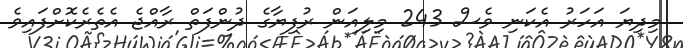
މިދިޔަ އަހަރު އެކަނި ވެސް 243 މިލިއަން ރުފިޔާގެ ދުންފަތް ރާއްޖެ އެތެރެކޮށްފައިވެ